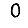
Digit: 0